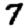
Digit: 7